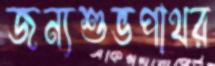
জন্যশুভপাথর